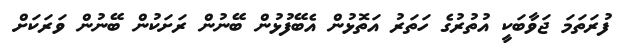
ފުރަތަމަ ޖަވާބަކީ އުތުރުގެ ހަތަރު އަތޮޅުން އެބޭފުޅުން ބޭނުން ރަށަކުން ބޭނުން ވަރަކަށް